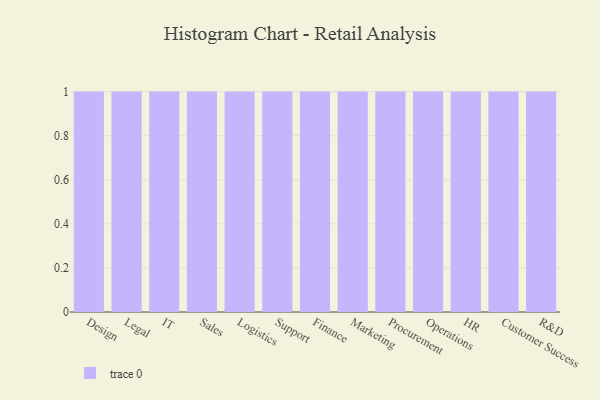
{"axis": {"x": "Department", "y": "Budget (USD K)"}, "legend": [""], "data": [{"x": "Design", "y": 34, "type": ""}, {"x": "Legal", "y": 57, "type": ""}, {"x": "IT", "y": 2, "type": ""}, {"x": "Sales", "y": 93, "type": ""}, {"x": "Logistics", "y": 95, "type": ""}, {"x": "Support", "y": 68, "type": ""}, {"x": "Finance", "y": 93, "type": ""}, {"x": "Marketing", "y": 28, "type": ""}, {"x": "Procurement", "y": 81, "type": ""}, {"x": "Operations", "y": 30, "type": ""}, {"x": "HR", "y": 25, "type": ""}, {"x": "Customer Success", "y": 43, "type": ""}, {"x": "R&D", "y": 21, "type": ""}]}